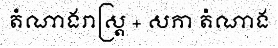
តំណាងរាស្ត្រ + សភា តំណាង